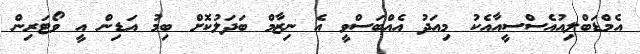
އެމްޑަބްލިއުއެސްސީއާއެކު މިއަދު އެއްބަސްވީ އެ ނިޒާމް ބަދަލުކޮށް ބިމު އަޑިން އީ ވޯޓަރިން